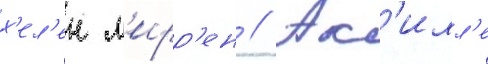
х'ел'ен м'ирр'ен // Ак'илл'е